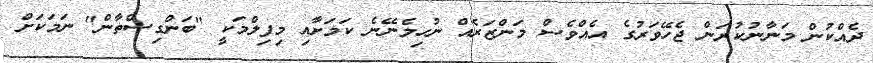
ދެއްކުން މަނާނުކުރަން ޖެހޭވަރުގެ އެއްވެސް މަންޒަރެއް ނުހިމެނޭނެ ކަމަށާއި މިފިލްމަކީ "ބަންގިސްތާން" ނަމަކަށް